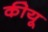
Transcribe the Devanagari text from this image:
कीयू